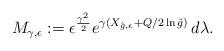
LaTeX: \begin{align*}M_{\gamma,\epsilon}:=\epsilon^{\frac{\gamma^2}{2}}e^{\gamma (X_{{\hat{g}},\epsilon}+Q/2 \ln \hat{g})} \,d\lambda.\end{align*}